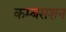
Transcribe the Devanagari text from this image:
कम्बसशन